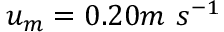
u _ { m } = 0 . 2 0 m \ s ^ { - 1 }